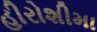
હીરોશીમા